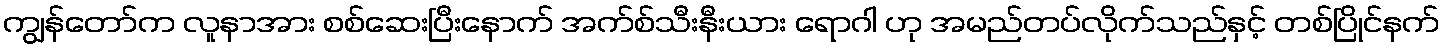
ကျွန်တော်က လူနာအား စစ်ဆေးပြီးနောက် အက်စ်သီးနီးယား ရောဂါ ဟု အမည်တပ်လိုက်သည်နှင့် တစ်ပြိုင်နက်